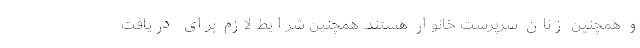
و همچنین زنان سرپرست خانوار هستند. همچنین شرایط لازم برای دریافت